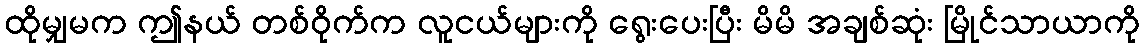
ထိုမျှမက ဤနယ် တစ်ဝိုက်က လူငယ်များကို ရွေးပေးပြီး မိမိ အချစ်ဆုံး မြိုင်သာယာကို